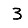
Digit: 3